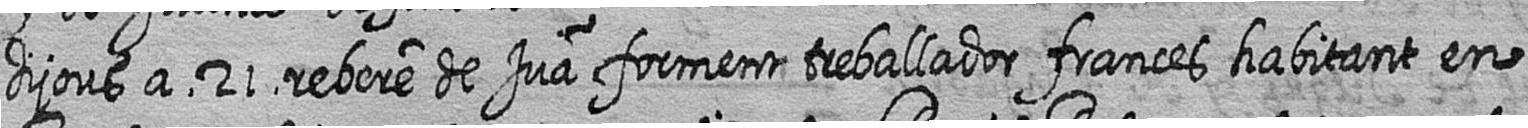
dijous a 21 rebere de Jua forment treballador frances habitant en